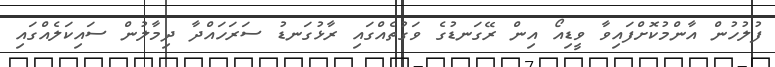
ފުލުހުން އާންމުކޮށްފައިވާ ވީޑިއޯ އިން ރޭގަނޑުގެ ވަގުތެއްގައި ރާޅުގަނޑު ސަރަހައްދާ ދިމާލުން ސައިކަލެއްގައި